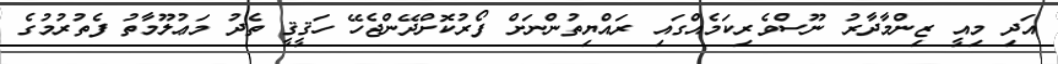
އަދި މިއީ ޒިންމާދާރު ނޫސްވެރިކަމެއްގައި ރައްޔިތުންނަށް ފޯރުކޮށްދޭންޖެހޭ ހަޤީޤީ ތެދު މަޢުލޫމާތު ފެތުރުމުގެ